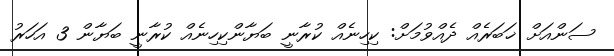
ސަންއަށް ޚަބަރެއް ދެއްވުމަށް: ކިހިނެއް ކުރާނީ ބަޔާންކިހިނެއް ކުރާނީ ބަޔާން 3 އަހަރު